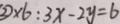
\textcircled { 2 } \times 6 : 3 x - 2 y = 6